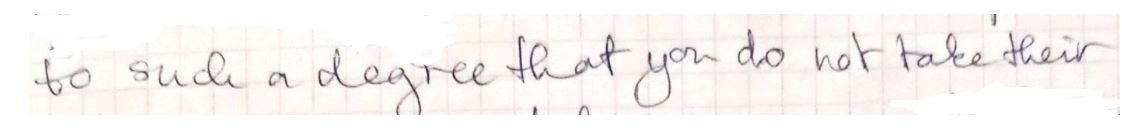
to such a degree that you do not take their